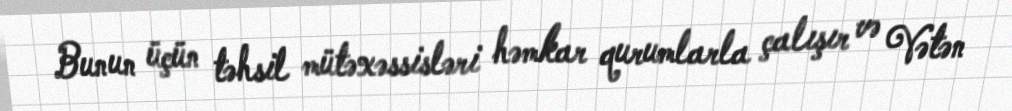
Bunun üçün təhsil mütəxəssisləri həmkar qurumlarla çalışır və Vətən